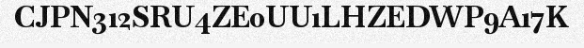
CJPN312SRU4ZE0UU1LHZEDWP9A17K